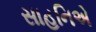
સાહનિએ